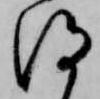
得